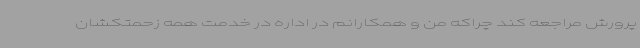
پرورش مراجعه کند چراکه من و همکارانم در اداره در خدمت همه زحمتکشان